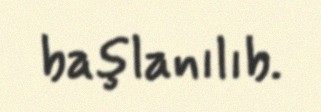
başlanılıb.